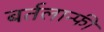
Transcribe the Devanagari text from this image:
बर्तलान्फी